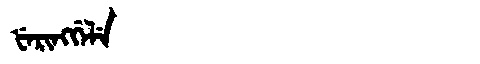
Manchu: ᡶᡝᡵᡳᠩᡤᡝᠯᡝ
Romanization: FERINGGELE